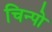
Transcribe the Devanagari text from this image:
चिन्पो